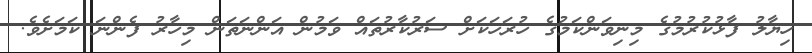
ހިޔާލު ފާޅުކުރުމުގެ މިނިވަންކަމުގެ ހުރަހަކަށް ސަރުކާރުތައް ވަމުން އަންނަތަން މިހާރު ފެންނަ ކަމަށެވެ.